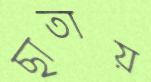
ছাতায়